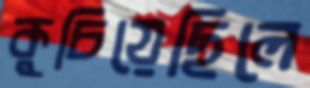
কুচিয়েছিলে